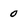
Character: o